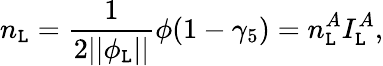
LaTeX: n_{\mathtt{L}}=\frac{1}{{2||\phi_{\mathtt{L}}||}}\phi(1-\gamma_{5})=n_{\mathtt{L}}^{A}I_{\mathtt{L}}^{A},